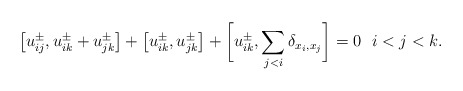
\begin{gather*}\big[u_{ij}^{\pm},u_{ik}^{\pm} + u_{jk}^{\pm}\big]+\big[u_{ik}^{\pm},u_{jk}^{\pm}\big] +\bigg[u_{ik}^{\pm}, \sum_{j < i} \delta_{x_i,x_j}\bigg] =0 \ \ i < j < k.\end{gather*}